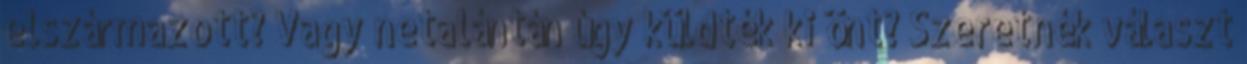
elszármazott? Vagy netalántán úgy küldték ki önt? Szeretnék választ